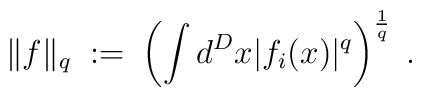
\|f\|_{q} \; := \; \left( \int d^Dx |f_i(x)|^q \right)^\frac{1}{q} \; .